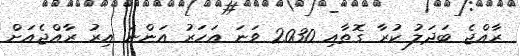
ރާއްޖެ ބަދަލު ކުރާ ގޮތާއި 2030 ވަނަ އަހަރު އަންނަ އިރު ރާއްޖެއަށް